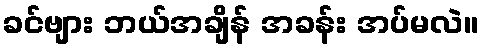
ခင်ဗျား ဘယ်အချိန် အခန်း အပ်မလဲ။